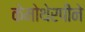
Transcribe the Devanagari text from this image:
केमोथेरपीने